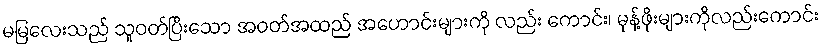
မမြလေးသည် သူဝတ်ပြီးသော အဝတ်အထည် အဟောင်းများကို လည်း ကောင်း၊ မုန့်ဖိုးများကိုလည်းကောင်း